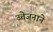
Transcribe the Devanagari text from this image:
उत्तेजनाने